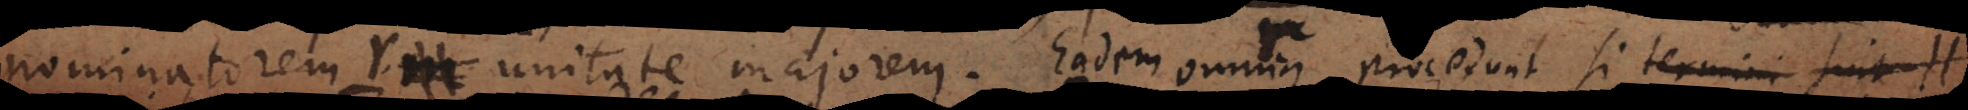
nominatorem r unitate majorem. Eadem omnia procedunt si n